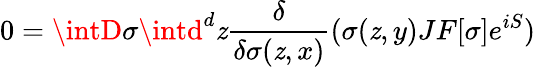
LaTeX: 0=\intD\sigma\intd^{d}\mathit{z}{\frac{{\delta}}{{\delta\sigma(\mathit{z},x)}}}(\sigma(\mathit{z},y)JF[\sigma]e^{iS})